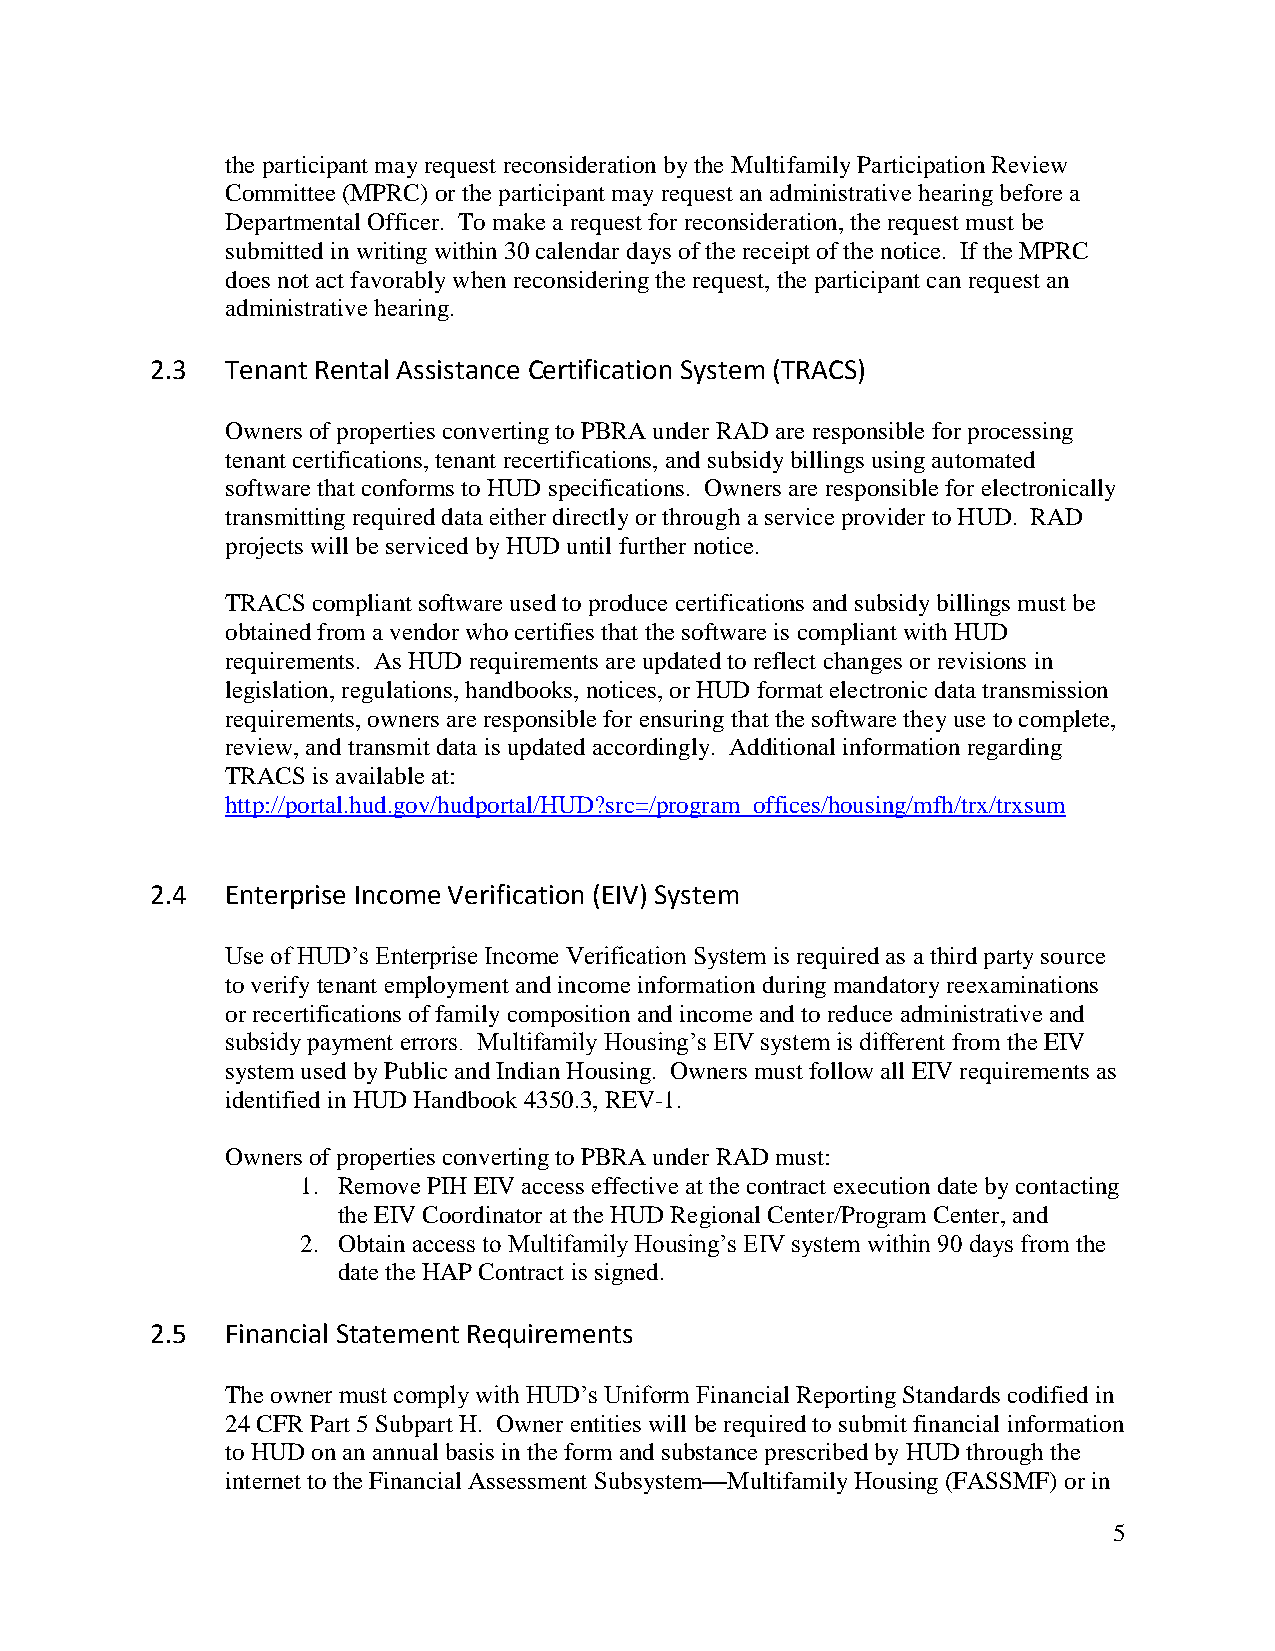
the participant may request reconsideration by the Multifamily Participation Review
 Committee (MPRC) or the participant may request an administrative hearing before a
 Departmental Officer. To make a request for reconsideration, the request must be
 submitted in writing within 30 calendar days of the receipt of the notice. If the MPRC
 does not act favorably when reconsidering the request, the participant can request an
 administrative hearing.
 2.3  Tenant Rental Assistance Certification System (TRACS)
 Owners of properties converting to PBRA under RAD are responsible for processing
 tenant certifications, tenant recertifications, and subsidy billings using automated
 software that conforms to HUD specifications. Owners are responsible for electronically
 transmitting required data either directly or through a service provider to HUD. RAD
 projects will be serviced by HUD until further notice.
 TRACS compliant software used to produce certifications and subsidy billings must be
 obtained from a vendor who certifies that the software is compliant with HUD
 requirements. As HUD requirements are updated to reflect changes or revisions in
 legislation, regulations, handbooks, notices, or HUD format electronic data transmission
 requirements, owners are responsible for ensuring that the software they use to complete,
 review, and transmit data is updated accordingly. Additional information regarding
 TRACS is available at:
 http://portal.hud.gov/hudportal/HUD?src=/program_offices/housing/mfh/trx/trxsum
 2.4  Enterprise Income Verification (EIV) System
 Use of HUD’s Enterprise Income Verification System is required as a third party source
 to verify tenant employment and income information during mandatory reexaminations
 or recertifications of family composition and income and to reduce administrative and
 subsidy payment errors. Multifamily Housing’s EIV system is different from the EIV
 system used by Public and Indian Housing. Owners must follow all EIV requirements as
 identified in HUD Handbook 4350.3, REV-1.
 Owners of properties converting to PBRA under RAD must:
 1. Remove PIH EIV access effective at the contract execution date by contacting
 the EIV Coordinator at the HUD Regional Center/Program Center, and
 2. Obtain access to Multifamily Housing’s EIV system within 90 days from the
 date the HAP Contract is signed.
 2.5  Financial Statement Requirements
 The owner must comply with HUD’s Uniform Financial Reporting Standards codified in
 24 CFR Part 5 Subpart H. Owner entities will be required to submit financial information
 to HUD on an annual basis in the form and substance prescribed by HUD through the
 internet to the Financial Assessment Subsystem—Multifamily Housing (FASSMF) or in
 5